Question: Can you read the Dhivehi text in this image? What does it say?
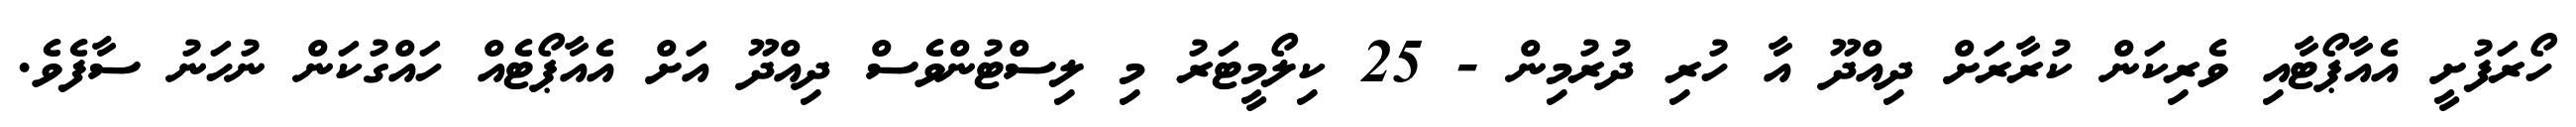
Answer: ހޯރަފުށީ އެއާޕޯޓާއި ވެރިކަން ކުރާރަށް ދިއްދޫ އާ ހުރި ދުރުމިން - 25 ކިލޯމީޓަރު މި ލިސްޓުންވެސް ދިއްދޫ އަށް އެއާޕޯޓެއް ހައްގުކަން ނުހަނު ސާފެވެ.